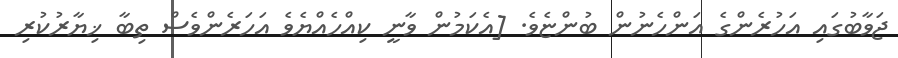
ޖަވާބުގައި އަހުރެންގެ އަންހެނުން ބުންޏެވެ. [އެކަމުން ވާނީ ކިއްހެއްޔެވެ އަހަރެންވެސް ތިބާ ޚިޔާރުކުރި